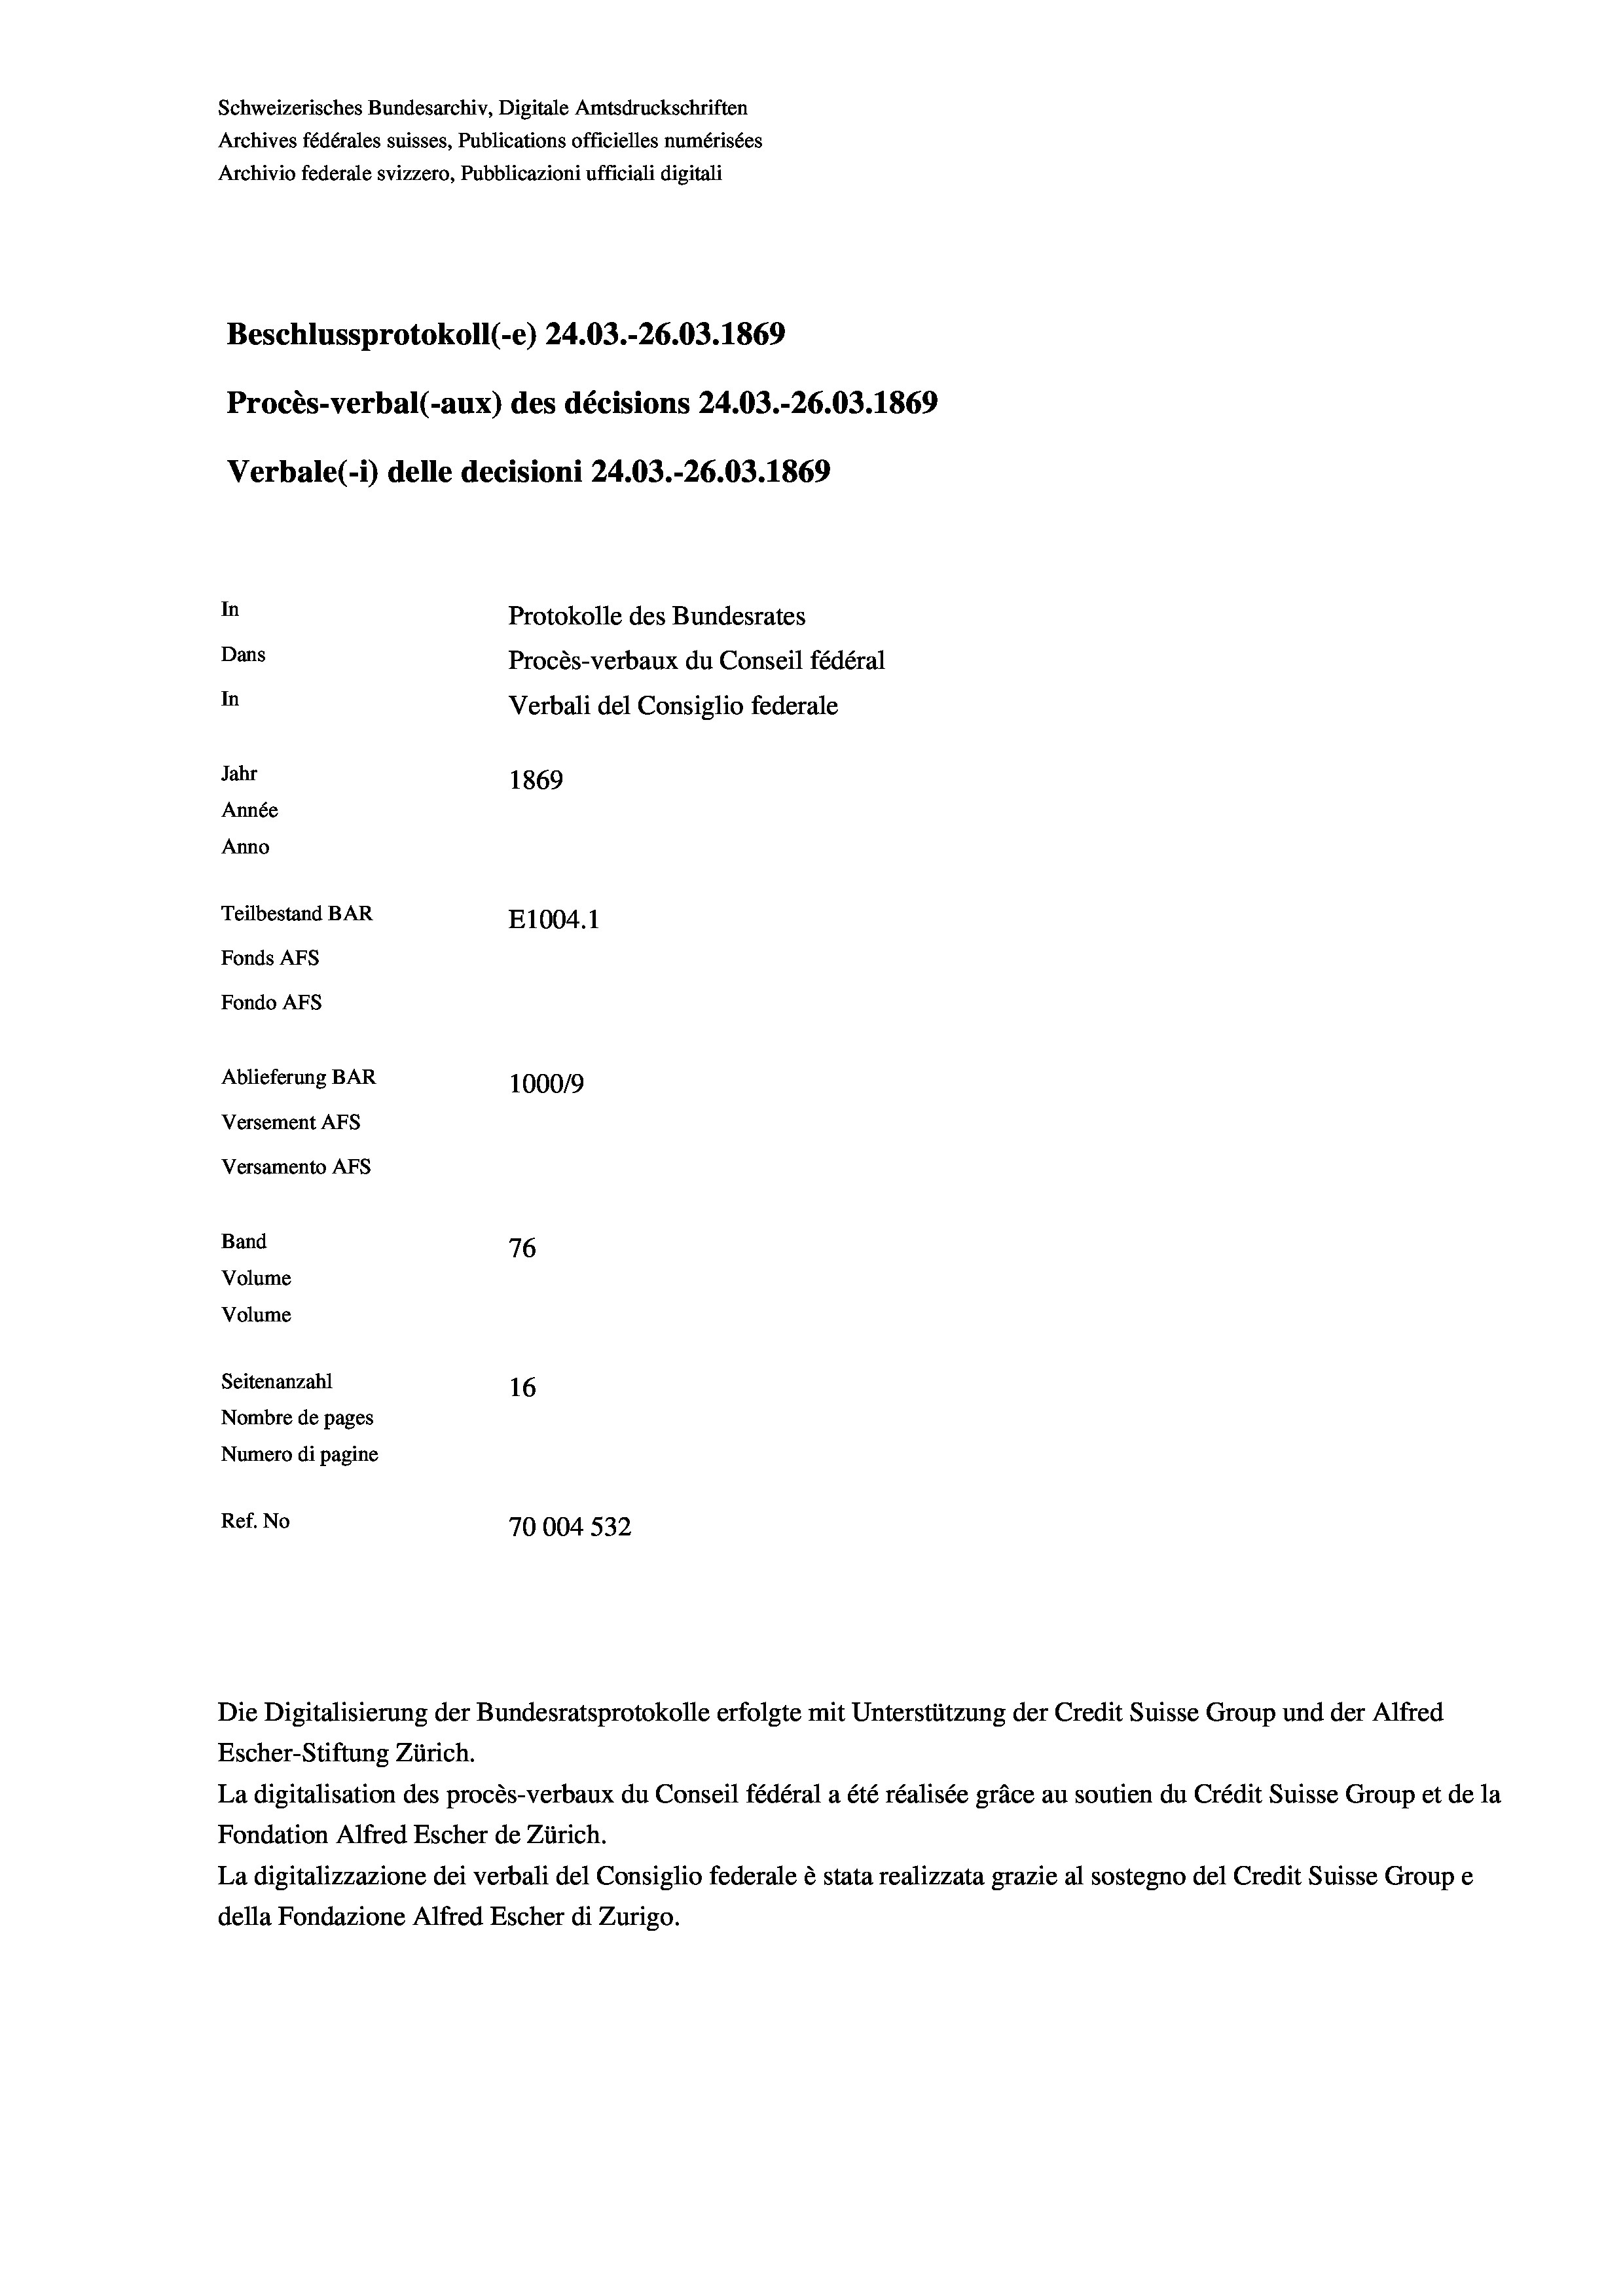
Schweizerisches Bundesarchiv, Digitale Amtsdruckschriften
Archives fédérales suisses, Publications officielles numérisées
Archivio federale svizzero, Pubblicazioni ufficiali digitali
Beschlussprotokoll (-e) 24.03.-26.03. 1869
Procès-verbal (-aux) des décisions 24.03.-26.03. 1869
Verbale (- 1) delle decisioni 24.03.-26.03. 1869
In
Protokolle des Bundesrates
Dans
Procès-verbaux du Conseil fédéral
In
Verbali del Consiglio federale
Jahr
1869
Année
Anno
Teilbestand BAR
E1004.1
Fonds AFs
Fondo AFS
Ablieferung BAR
100019
Versement AFs
Versamento AFs
Band
76
Volume
Volume

Seitenanzahl
16
Nombre de pages
Numero di pagine
Ref. No
70004 532

Escher-Stiftung Zürich.
La digitalisation des procès-verbaux du Conseil fédéral a été réalisée gräce au soutien du Crédit Suisse Group et de la
Fondation Alfred Escher de Zürich.
La digitalizzazione dei verbali del Consiglio federale è stata realizzata grazie al sostegno del Credit Suisse Groupe
della Fondazione Alfred Escher di Zurigo.

Die Digitalisierung der Bundesratsprotokolle erfolgte mit Unterstützung der Credit Suisse Group und der Alfred